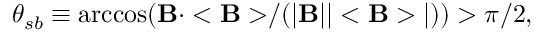
\theta _ { s b } \equiv \operatorname { a r c c o s } ( { \bf B \cdot < B > } / ( | { \bf B } | | < { \bf B } > | ) ) > \pi / 2 ,